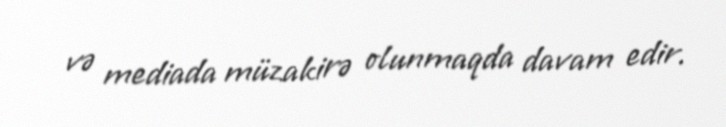
və mediada müzakirə olunmaqda davam edir.